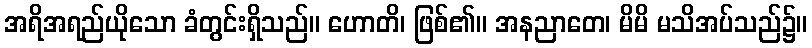
အရိအရည်ယိုသော ခံတွင်းရှိသည်။ ဟောတိ၊ ဖြစ်၏။ အနညာတေ၊ မိမိ မသိအပ်သည်၌။